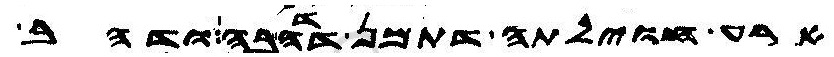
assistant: ארע חוילתה דתמן דדהבה ודהב